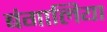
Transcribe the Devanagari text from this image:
बंगालिया